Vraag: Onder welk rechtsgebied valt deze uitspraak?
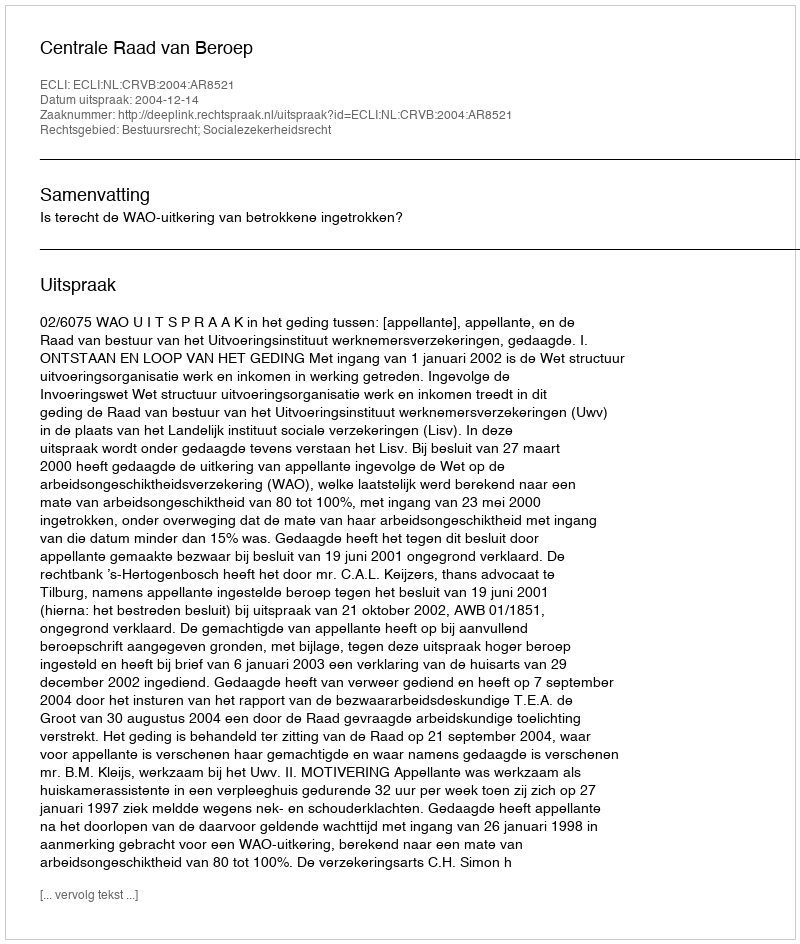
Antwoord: Bestuursrecht; Socialezekerheidsrecht